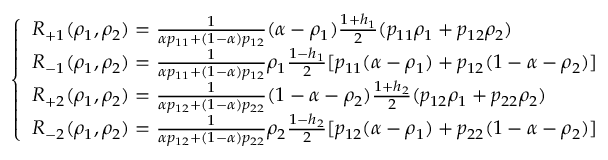
\left\{ \begin{array} { l l } { R _ { + 1 } ( \rho _ { 1 } , \rho _ { 2 } ) = \frac { 1 } { \alpha p _ { 1 1 } + ( 1 - \alpha ) p _ { 1 2 } } ( \alpha - \rho _ { 1 } ) \frac { 1 + h _ { 1 } } { 2 } ( p _ { 1 1 } \rho _ { 1 } + p _ { 1 2 } \rho _ { 2 } ) } \\ { R _ { - 1 } ( \rho _ { 1 } , \rho _ { 2 } ) = \frac { 1 } { \alpha p _ { 1 1 } + ( 1 - \alpha ) p _ { 1 2 } } \rho _ { 1 } \frac { 1 - h _ { 1 } } { 2 } [ p _ { 1 1 } ( \alpha - \rho _ { 1 } ) + p _ { 1 2 } ( 1 - \alpha - \rho _ { 2 } ) ] } \\ { R _ { + 2 } ( \rho _ { 1 } , \rho _ { 2 } ) = \frac { 1 } { \alpha p _ { 1 2 } + ( 1 - \alpha ) p _ { 2 2 } } ( 1 - \alpha - \rho _ { 2 } ) \frac { 1 + h _ { 2 } } { 2 } ( p _ { 1 2 } \rho _ { 1 } + p _ { 2 2 } \rho _ { 2 } ) } \\ { R _ { - 2 } ( \rho _ { 1 } , \rho _ { 2 } ) = \frac { 1 } { \alpha p _ { 1 2 } + ( 1 - \alpha ) p _ { 2 2 } } \rho _ { 2 } \frac { 1 - h _ { 2 } } { 2 } [ p _ { 1 2 } ( \alpha - \rho _ { 1 } ) + p _ { 2 2 } ( 1 - \alpha - \rho _ { 2 } ) ] } \end{array} \right.